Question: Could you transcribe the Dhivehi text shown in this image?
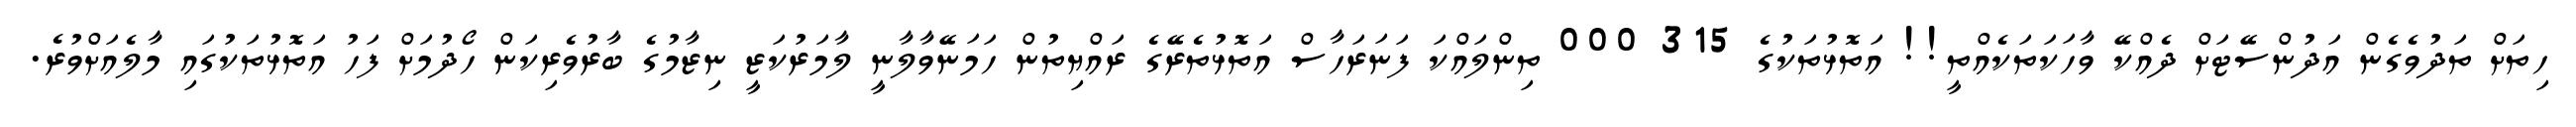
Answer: ހިތަށް ތަދުވެގެން އަދުންސޭޓަށް ދެއްކޭ ވާހަކަތަކެއްތީ!! އަތޮޅުތަކުގެ 315 000 ތިންލައްކަ ފަނަރަހާސް އަތޮޅުތެރޭގެ ރައްޔިތުން ހަމަނޭވާލާނީ ލާމަރުކަޒީ ނިޒާމުގެ ބާރުވެރިކަން ހޯދުމަށް ފަހު އަތޮޅުތަކުގައި މާލެއަށްވުރެ.